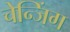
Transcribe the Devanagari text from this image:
चेन्जिंग